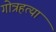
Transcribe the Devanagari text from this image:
गोत्रहत्या